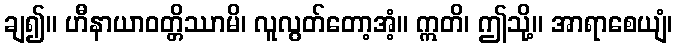
ချ၍။ ဟီနာယာဝတ္တိဿာမိ၊ လူလွတ်တော့အံ့။ ဣတိ၊ ဤသို့။ အာရာစေယျံ၊